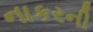
નાકરની